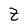
Character: Z